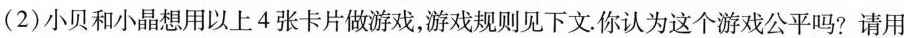
(2)小贝和小晶想用以上4张卡片做游戏，游戏规则见下文.你认为这个游戏公平吗? 请用